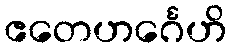
ဧတေဟင်္ဂေဟိ